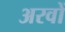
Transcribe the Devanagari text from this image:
अरवों